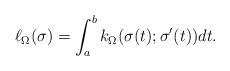
LaTeX: \begin{align*}\ell_\Omega(\sigma)= \int_a^b k_\Omega(\sigma(t); \sigma^\prime(t)) dt.\end{align*}